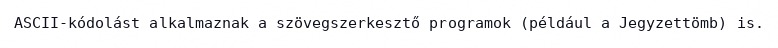
ASCII-kódolást alkalmaznak a szövegszerkesztő programok (például a Jegyzettömb) is.